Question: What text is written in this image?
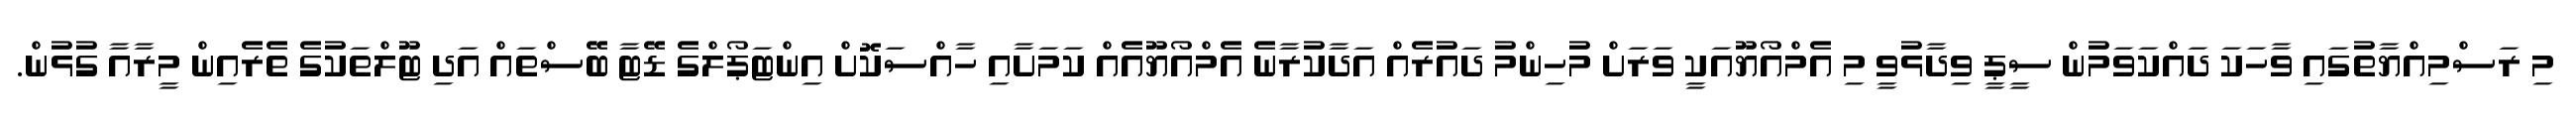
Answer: މި ރަސްމިއްޔާތުގައި ވާހަކަ ދައްކަވަމުން ސީޕީ ވިދާޅުވީ މި އެމްއޯޔޫއަކީ ވަރަށް މުހިންމު ދައުރެއް އަދާކުރާނެ އެމްއޯޔޫއެއް ކަމަށާއި ހާއްސަކޮށް އިންޓަޕޯލްގެ ޑޭޓާ ބޭސްތައް އަދި ޓޫލްތަކުގެ ތެރެއިން މީރާއާ ގުޅުން.